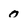
Character: 0